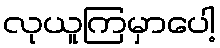
လုယူကြမှာပေါ့